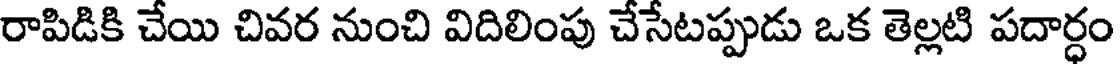
రాపిడికి చేయి చివర నుంచి విదిలింపు చేసేటప్పుడు ఒక తెల్లటి పదార్ధం